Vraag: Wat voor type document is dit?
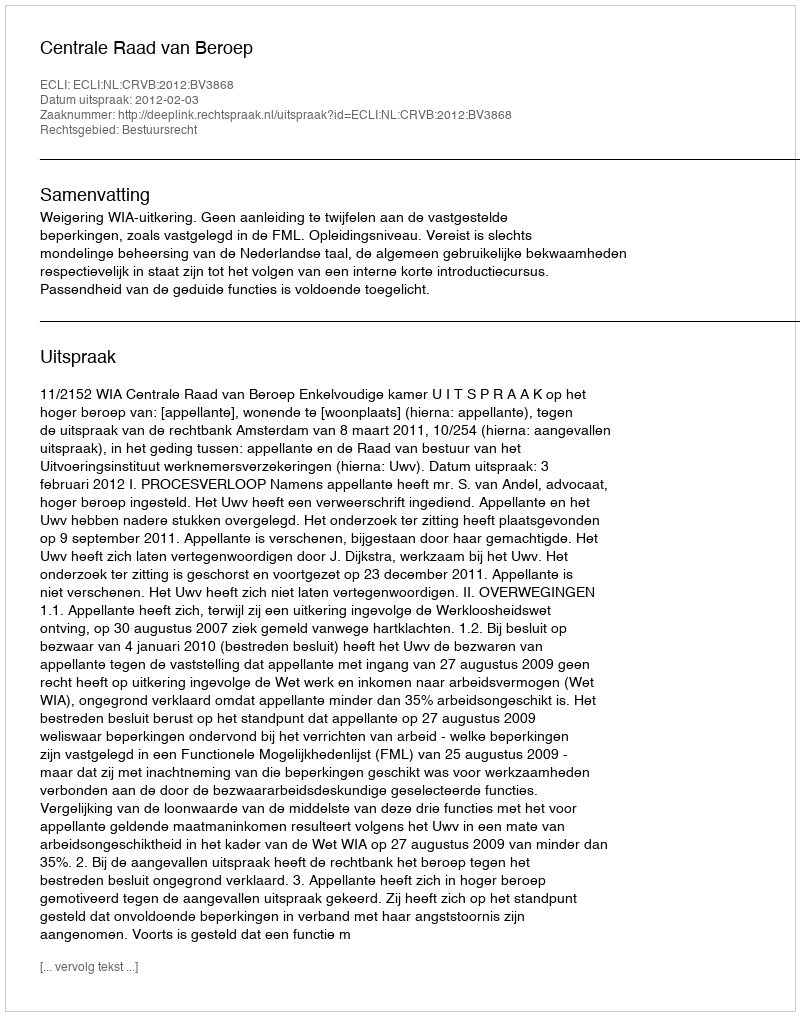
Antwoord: Uitspraak